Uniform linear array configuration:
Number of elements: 64
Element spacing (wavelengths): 0.25
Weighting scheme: hamming
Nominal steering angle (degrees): -15
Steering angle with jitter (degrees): -13.158
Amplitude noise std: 0.05
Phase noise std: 0.05

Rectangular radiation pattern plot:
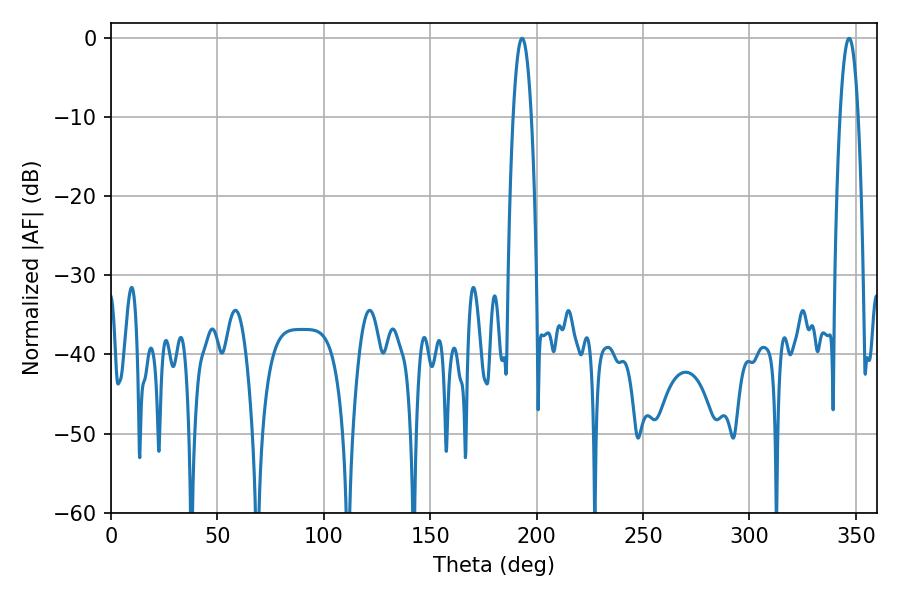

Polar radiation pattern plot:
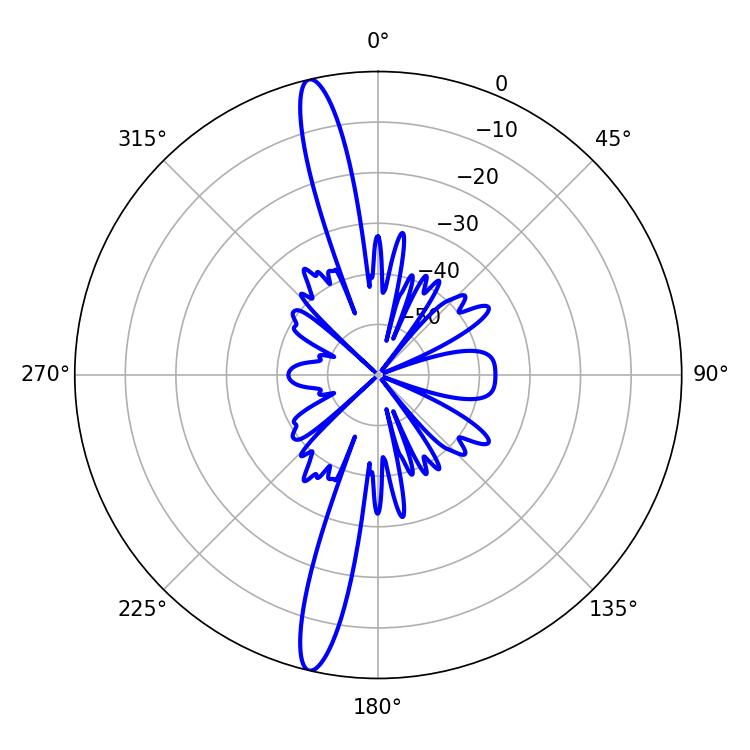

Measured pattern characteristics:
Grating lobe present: FALSE
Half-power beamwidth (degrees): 4.68
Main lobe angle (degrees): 193.14